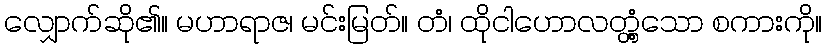
လျှောက်ဆို၏။ မဟာရာဇ၊ မင်းမြတ်။ တံ၊ ထိုငါဟောလတ္တံ့သော စကားကို။